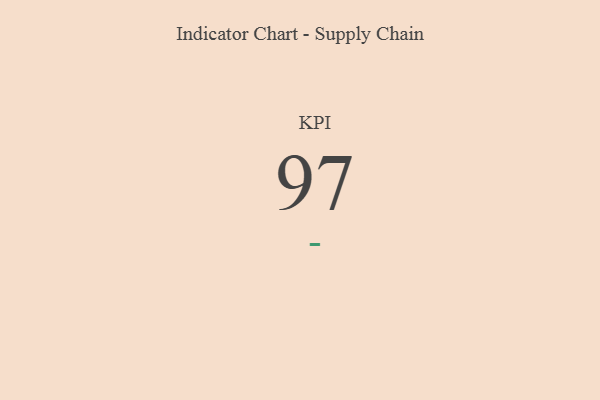
{"axis": {"x": "KPI", "y": "Value"}, "legend": [""], "data": [{"x": "KPI", "y": 97, "type": ""}]}